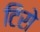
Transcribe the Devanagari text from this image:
टिरो